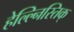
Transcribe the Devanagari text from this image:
हेल्ल्निस्तिक्